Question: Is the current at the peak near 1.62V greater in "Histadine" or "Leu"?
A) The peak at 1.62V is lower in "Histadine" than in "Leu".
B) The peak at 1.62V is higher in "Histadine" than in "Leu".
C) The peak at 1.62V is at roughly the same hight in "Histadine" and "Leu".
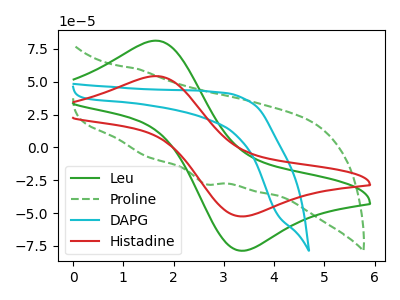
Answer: <think>The green curve "Leu" has an anodic peak at (1.60V, 81.15uA) and a cathodic peak at (3.40V, -78.55uA). The green dashed curve "Proline" has a cathodic peak at: (2.65V, -27.90uA). The cyan curve "DAPG" has no peaks. The red curve "Histadine" has an anodic peak at (1.60V, 54.20uA) and a cathodic peak at (3.40V, -52.45uA).</think>
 <answer>A) The peak at 1.62V is lower in "Histadine" than in "Leu".</answer>
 <eval>A</eval>